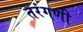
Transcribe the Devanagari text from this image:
तरंगणी